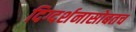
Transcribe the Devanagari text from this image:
दिग्दर्शनासोबतच